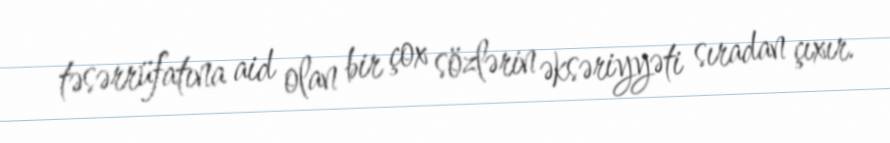
təsərrüfatına aid olan bir çox sözlərin əksəriyyəti sıradan çıxır.